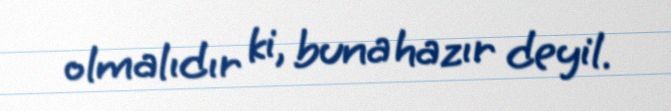
olmalıdır ki, buna hazır deyil.